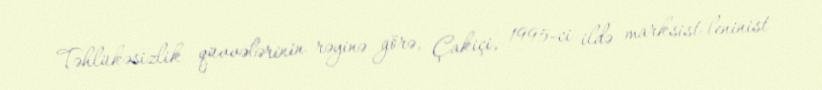
Təhlükəsizlik qüvvələrinin rəyinə görə, Çakiçi, 1995-ci ildə marksist-leninist